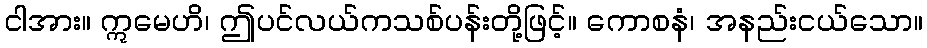
ငါအား။ ဣမေဟိ၊ ဤပင်လယ်ကသစ်ပန်းတို့ဖြင့်။ ကောစနံ၊ အနည်းငယ်သော။